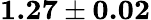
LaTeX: \textbf{1.27}\pm\textbf{0.02}